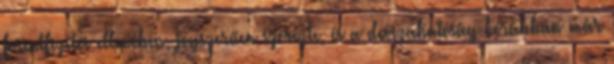
forintfizetés ellenében, jogszerűen szerezte, és a devizahatóság korábban már